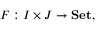
F : I \times J \to \mathbf { S e t } ,